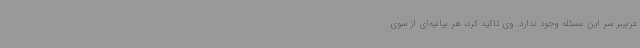
عربیبر سر این مسئله وجود ندارد. وی تاکید کرد، هر بیانیه‌ای از سوی